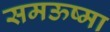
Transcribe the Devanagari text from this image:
समऊष्मा